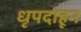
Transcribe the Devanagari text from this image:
धृपदांहून